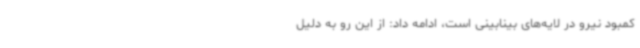
کمبود نیرو در لایه‌های بینابینی است، ادامه داد: از این رو به دلیل